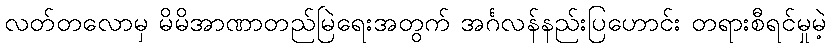
လတ်တလောမှ မိမိအာဏာတည်မြဲရေးအတွက် အင်္ဂလန်နည်းပြဟောင်း တရားစီရင်မှုမဲ့